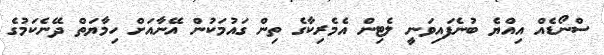
ސްނޯޑެއް އިއްޔެ ބުނެފައިވަނީ ލެޓިން އެމެރިކާގެ ތިން ގައުމަކުން އޭނާއަށް ހިމާޔަތް ދޭނެކަމުގެ